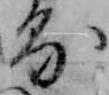
る